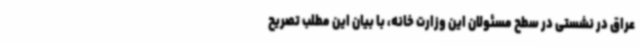
عراق در نشستی در سطح مسئولان این وزارت خانه، با بیان این مطلب تصریح